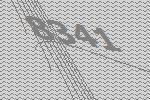
8341